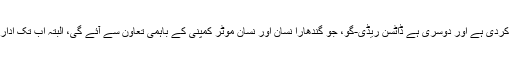
ایک یونائیٹڈ آٹوز کی براوو ہے؛ جس کی آمد کی تصدیق ادارے نے کردی ہے اور دوسری ہے ڈاٹسن ریڈی-گو، جو گندھارا نسان اور نسان موٹر کمپنی کے باہمی تعاون سے آئے گی، البتہ اب تک ادارے کی جانب سے اس کے اجراء کی باضابطہ تصدیق نہیں کی گئی۔